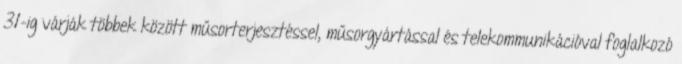
31-ig várják többek között műsorterjesztéssel, műsorgyártással és telekommunikációval foglalkozó